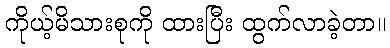
ကိုယ့်မိသားစုကို ထားပြီး ထွက်လာခဲ့တာ။